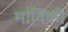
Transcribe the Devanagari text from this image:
मांविकी